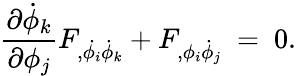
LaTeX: {\frac{\partial\dot{\phi}_{k}}{\partial\phi_{j}}}F_{,\dot{\phi_{i}}\dot{\phi}_{k}}+F_{,\phi_{i}\dot{\phi}_{j}}~=~0.